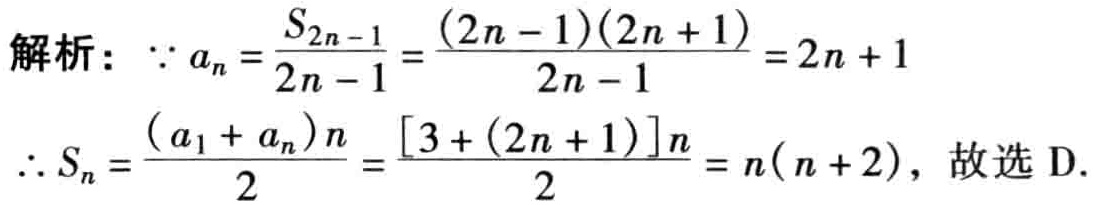
解析：\(\because a_{n}=\frac{S_{2n - 1}}{2n - 1}=\frac{(2n - 1)(2n + 1)}{2n - 1}=2n + 1\)

\(\therefore S_{n}=\frac{(a_{1} + a_{n})n}{2}=\frac{[3 + (2n + 1)]n}{2}=n(n + 2)\)，故选D.